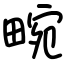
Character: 畹